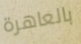
بالعاهرة